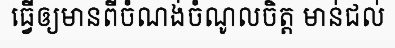
ធ្វើឲ្យមានពីចំណង់ចំណូលចិត្ត មាន់ជល់